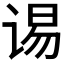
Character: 𮷉